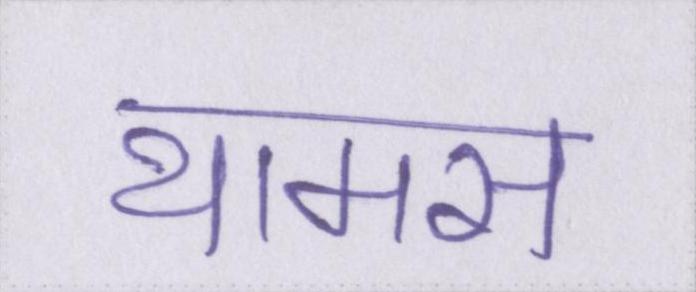
थामस